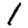
Digit: 1